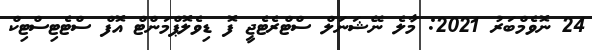
24 ނޮވެމްބަރު 2021: މާލެ ނޭޝަނަލް ސްޓްރެޓެޖީ ފޮ ޑިވެލޮޕްމަންޓް އޮފް ސްޓެޓިސްޓިކް